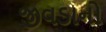
જીવડાનો